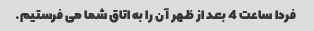
فردا ساعت 4 بعد از ظهر آن را به اتاق شما می فرستیم.